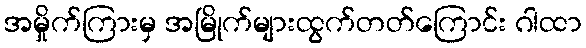
အမှိုက်ကြားမှ အမြိုက်များထွက်တတ်ကြောင်း ဂါထာ